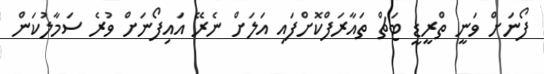
ފޯނަށް ވަނީ ތްރީޑީ ޓަޗް ތައާރަފްކޮށްފައި އަލަށް ނެރޭ އައިފޯނަށް ވުރެ ސަމާލުކަން